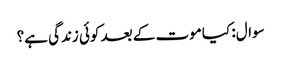
سوال: کیا موت کے بعد کوئی زندگی ہے؟